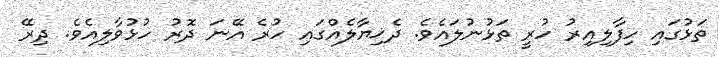
ތަޅުގައި ހިފާލިއިރު ހުރީ ތަޅުނުލައެވެ. ދެޚިޔާލެއްގައި ހުރެ އޭނަ ދޮރު ހުޅުވާލިއެވެ. ދިރޭ